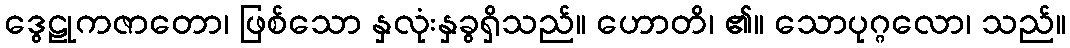
ဒွေဠုကဇာတော၊ ဖြစ်သော နှလုံးနှခွရှိသည်။ ဟောတိ၊ ၏။ သောပုဂ္ဂလော၊ သည်။